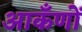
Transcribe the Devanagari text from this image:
आकँणों